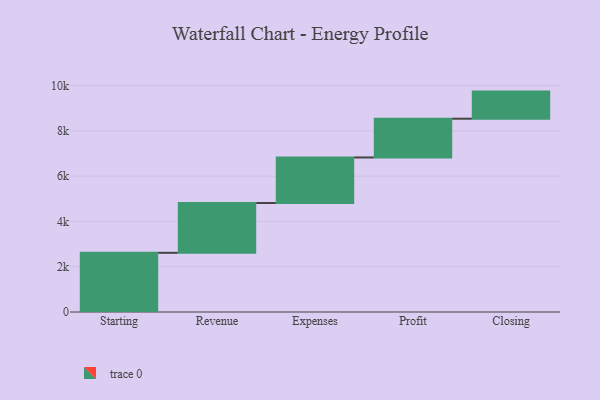
{"axis": {"x": "Step", "y": "Value"}, "legend": [""], "data": [{"x": "Starting", "y": 2614.0, "type": ""}, {"x": "Revenue", "y": 2199.0, "type": ""}, {"x": "Expenses", "y": 2012.0, "type": ""}, {"x": "Profit", "y": 1712.0, "type": ""}, {"x": "Closing", "y": 1197.0, "type": ""}]}